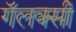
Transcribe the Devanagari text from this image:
गॅलक्सी